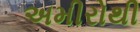
અમીરોથી